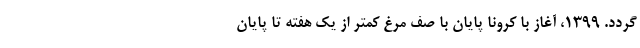
گردد. ۱۳۹۹، آغاز با کرونا پایان با صف مرغ کمتر از یک هفته تا پایان